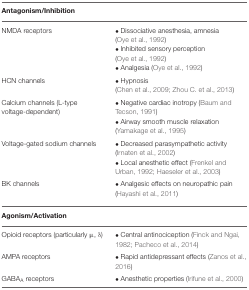
<table><thead><tr><td><b>Antagonism/Inhibition</b></td></tr></thead><tbody><tr><td>NMDA receptors</td><td>• Dissociative anesthesia, amnesia (Oye et al., 1992) • Inhibited sensory perception (Oye et al., 1992) • Analgesia (Oye et al., 1992)</td></tr><tr><td>HCN channels</td><td>• Hypnosis (Chen et al., 2009; Zhou C. et al., 2013)</td></tr><tr><td>Calcium channels (L-type voltage-dependent)</td><td>• Negative cardiac inotropy (Baum and Tecson, 1991) • Airway smooth muscle relaxation (Yamakage et al., 1995)</td></tr><tr><td>Voltage-gated sodium channels</td><td>• Decreased parasympathetic activity (Irnaten et al., 2002) • Local anesthetic effect (Frenkel and Urban, 1992; Haeseler et al., 2003)</td></tr><tr><td>BK channels</td><td>• Analgesic effects on neuropathic pain (Hayashi et al., 2011)</td></tr><tr><td><b>Agonism/Activation</b></td></tr><tr><td>Opioid receptors (particularly μ, δ)</td><td>• Central antinociception (Finck and Ngai, 1982; Pacheco et al., 2014)</td></tr><tr><td>AMPA receptors</td><td>• Rapid antidepressant effects (Zanos et al., 2016)</td></tr><tr><td>GABA<sub>A</sub> receptors</td><td>• Anesthetic properties (Irifune et al., 2000)</td></tr></tbody></table>